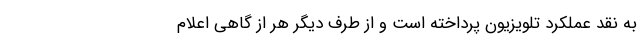
به نقد عملکرد تلویزیون پرداخته است و از طرف دیگر هر از گاهی اعلام